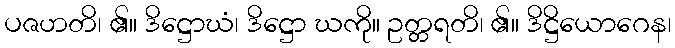
ပဇဟတိ၊ ၏။ ဒိဋ္ဌောဃံ၊ ဒိဋ္ဌော ဃကို။ ဥတ္တရတိ၊ ၏။ ဒိဋ္ဌိယောဂေန၊